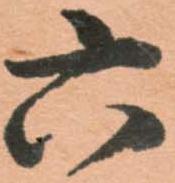
六